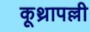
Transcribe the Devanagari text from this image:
कूथ्रापल्ली